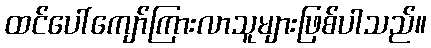
ထင်ပေါ်ကျော်ကြားလာသူများဖြစ်ပါသည်။